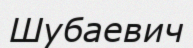
Шубаевич